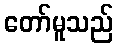
တော်မူသည်